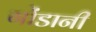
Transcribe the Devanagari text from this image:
गोंडानी